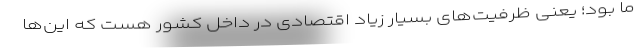
ما بود؛ یعنی ظرفیت‌های بسیار زیاد اقتصادی در داخل کشور هست که این‌ها